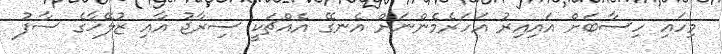
މިހައި ހިސާބަށް އައިއިރު އަހަރެެމެންނަށް އެނގޭ އެއްޗަކީ ސިރާޖު އާއި ޒުލޭޚާގެ ސާފު